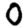
Digit: 0